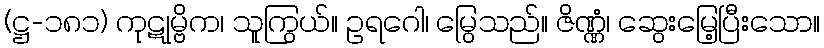
(ဋ္ဌ-၁၈၁) ကုဋုမ္ဗိက၊ သူကြွယ်။ ဥရဂေါ၊ မြွေသည်။ ဇိဏ္ဏံ၊ ဆွေးမြေ့ပြီးသော။